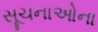
સૂચનાઓના